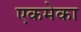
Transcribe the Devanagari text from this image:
एकमेका